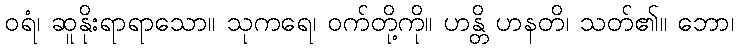
ဝရံ၊ ဆူနိုးရာရာသော။ သုကရေ၊ ဝက်တို့ကို။ ဟန္တိ ဟနတိ၊ သတ်၏။ ဘော၊